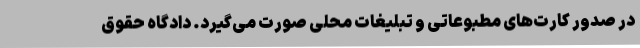
در صدور کارت‌های مطبوعاتی و تبلیغات محلی صورت می‌گیرد. دادگاه حقوق